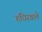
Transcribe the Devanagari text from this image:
रुधिरवाले